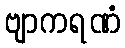
ဗျာကရဏံ